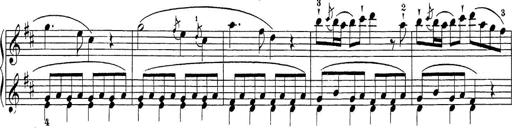
Title: Sonatina Album
Composer: Louis KÃ¶hler